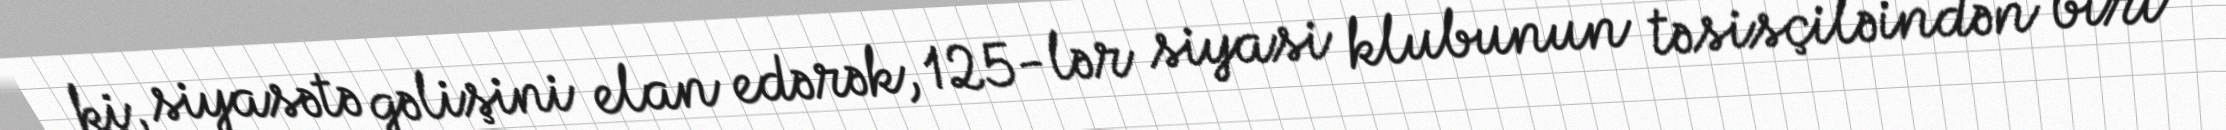
ki, siyasətə gəlişini elan edərək, 125-lər siyasi klubunun təsisçiləindən biri